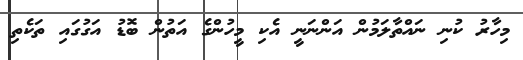
މިހާރު ކުނި ނައްތާލަމުން އަންނަނީ އެކި މީހުންގެ އަތުން ބޮޑު އަގުގައި ތަކެތި